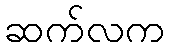
ဆက်လက